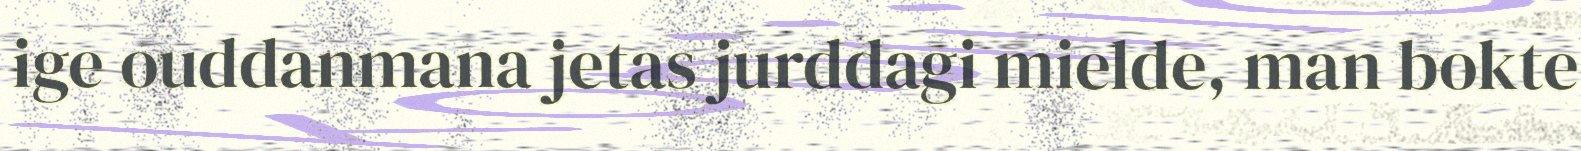
ige ouddanmana jetas jurddagi mielde, man bokte